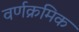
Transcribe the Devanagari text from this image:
वर्णक्रमिक